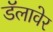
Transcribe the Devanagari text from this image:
डॅलावेर